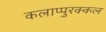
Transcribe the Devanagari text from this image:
कलाप्पुरक्कल